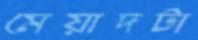
মেয়াদটা